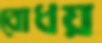
বোধয়